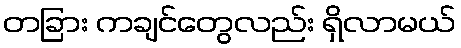
တခြား ကချင်တွေလည်း ရှိလာမယ်